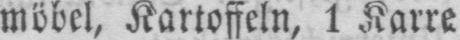
möbel, Kartoffeln, 1 Karre